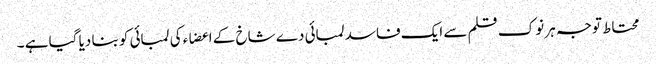
محتاط توجہ ہر نوک قلم سے ایک فاسد لمبائی دے شاخ کے اعضاء کی لمبائی کو بنا دیا گیا ہے ۔